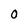
Character: 0